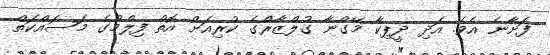
ފަށާނެ އެވެ. އަދި ދީޕިކާ މޭގްނާ ގުލްޒާރްގެ ކުރިއަށް އޮތް ފިލްމުގެ މަސައްކަތް